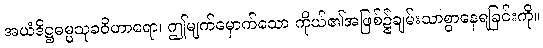
အယံဒိဋ္ဌဓမ္မသုခဝိဟာရော၊ ဤမျက်မှောက်သော ကိုယ်၏အဖြစ်၌ချမ်းသာစွာနေရခြင်းကို။